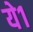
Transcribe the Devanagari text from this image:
ये१